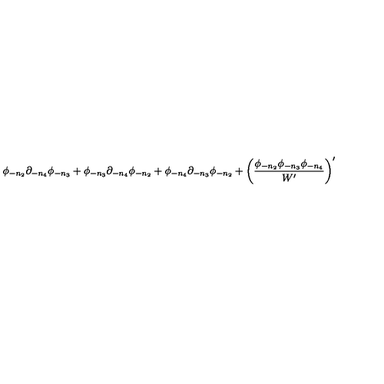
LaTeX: \phi _ { - n _ { 2 } } \partial _ { - n _ { 4 } } \phi _ { - n _ { 3 } } + \phi _ { - n _ { 3 } } \partial _ { - n _ { 4 } } \phi _ { - n _ { 2 } } + \phi _ { - n _ { 4 } } \partial _ { - n _ { 3 } } \phi _ { - n _ { 2 } } + \left( { \frac { \phi _ { - n _ { 2 } } \phi _ { - n _ { 3 } } \phi _ { - n _ { 4 } } } { W ^ { \prime } } } \right) ^ { \prime }